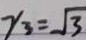
y _ { 3 } = \sqrt { 3 }